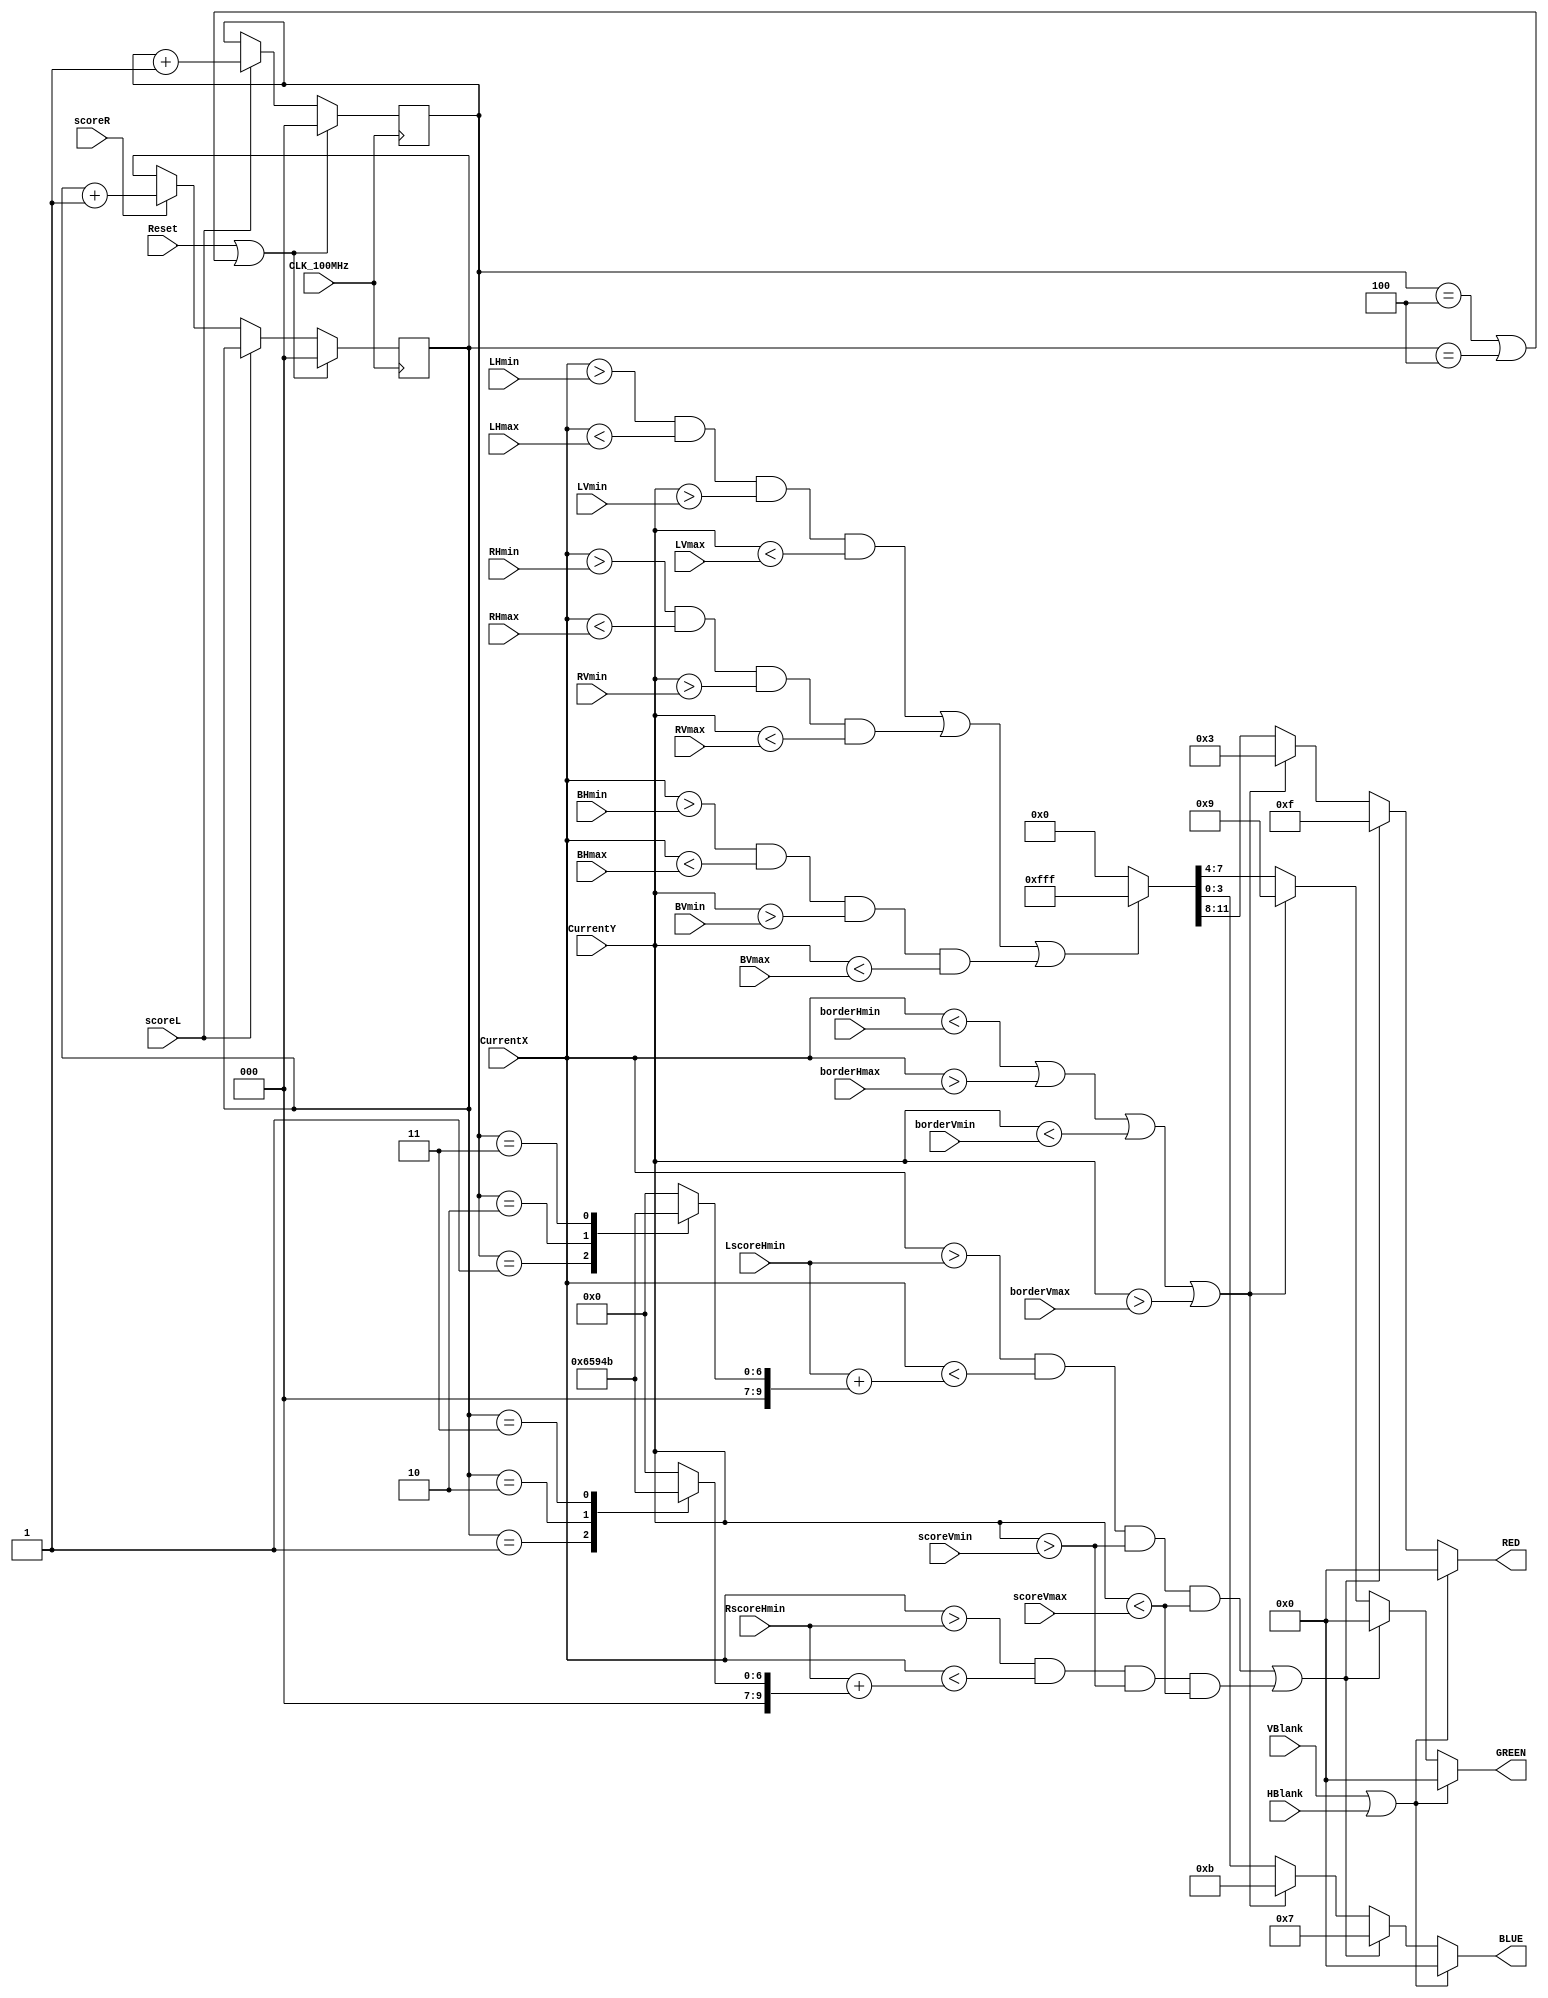
// VGAColor.v - Example VGA color computation client
// UW EE 4490 
// Adapted from original code by Jerry C. Hamann
// Computes the desired color at pix (X,Y), must do this fast!

module VGAColor(RED, GREEN, BLUE, CurrentX, CurrentY, VBlank, HBlank, scoreL, scoreR, 
LHmin, LHmax, LVmin, LVmax, RHmin, RHmax, RVmin, RVmax, BHmin, BHmax, BVmin, BVmax,
                    borderHmin, borderHmax, borderVmin, borderVmax,
 LscoreHmin, RscoreHmin, scoreVmin, scoreVmax ,CLK_100MHz, Reset);
    output  [3:0]   RED, GREEN, BLUE;
    input   [10:0]  CurrentX, CurrentY;
    input           VBlank, HBlank;
    input           scoreL, scoreR;
    input   [9:0]   LHmin, LHmax, LVmin, LVmax;
    input   [9:0]   RHmin, RHmax, RVmin, RVmax;
    input   [9:0]   BHmin, BHmax, BVmin, BVmax;
    input   [9:0]   borderHmin, borderHmax, borderVmin, borderVmax;
    input   [9:0]   LscoreHmin, RscoreHmin, scoreVmin, scoreVmax;
    input           CLK_100MHz, Reset;

    reg     [3:0]   RED, GREEN, BLUE;
    reg     [2:0]   leftScoreReg, rightScoreReg;
    reg     [9:0]   leftMax, rightMax;
    
    always @(posedge CLK_100MHz) begin
        if(Reset || (leftScoreReg == 3'b100 || rightScoreReg == 3'b100)) begin
            leftScoreReg <= 3'b00;
            rightScoreReg <= 3'b00;
        end
        else if(scoreL)
            leftScoreReg <= leftScoreReg + 1;
        else if(scoreR)
            rightScoreReg <= rightScoreReg + 1;
        else begin
            leftScoreReg <= leftScoreReg;
            rightScoreReg <=rightScoreReg;
        end     
    end
  
    always @(leftScoreReg) begin
        case(leftScoreReg)
            3'b000   : leftMax = 10'd0;
            3'b001   : leftMax = 10'd25;
            3'b010   : leftMax = 10'd50;
            3'b011   : leftMax = 10'd75;
            default : leftMax = 10'd0;
        endcase
    end
    
    always @(rightScoreReg) begin
        case(rightScoreReg)
            3'b000   : rightMax = 10'd0;
            3'b001   : rightMax = 10'd25;
            3'b010   : rightMax = 10'd50;
            3'b011   : rightMax = 10'd75;
            default : rightMax = 10'd0;
        endcase
    end
  
    // Assuming an 800x600 screen resolution, paints the frame
    always @(VBlank, HBlank, CurrentX, CurrentY, LHmin, LHmax, LVmin, LVmax, RHmin, RHmax, RVmin, RVmax, BHmin, BHmax, BVmin, BVmax, borderHmin, borderHmax, borderVmin, borderVmax, LscoreHmin, RscoreHmin, rightMax, leftMax) begin
        if(VBlank || HBlank)
            {RED,GREEN,BLUE} = 0; // Must drive colors only during non-blanking times.
        else
            if((CurrentX>LscoreHmin && (CurrentX<LscoreHmin+leftMax) && CurrentY>scoreVmin && CurrentY<scoreVmax)||(CurrentX>RscoreHmin && (CurrentX<RscoreHmin+rightMax) && CurrentY>scoreVmin && CurrentY<scoreVmax))
                {RED,GREEN,BLUE} = 12'hf07;
            else if ((CurrentX<borderHmin || CurrentX>borderHmax || CurrentY<borderVmin || CurrentY>borderVmax))
                {RED,GREEN,BLUE} = 12'h39B;
            else if ((CurrentX>LHmin && CurrentX<LHmax && CurrentY>LVmin && CurrentY<LVmax)||(CurrentX>RHmin && CurrentX<RHmax && CurrentY>RVmin && CurrentY<RVmax)||(CurrentX>BHmin && CurrentX<BHmax && CurrentY>BVmin && CurrentY<BVmax))
                {RED,GREEN,BLUE} = 12'hfff;
            else
                {RED,GREEN,BLUE} = 12'h000;
    end
    
 endmodule